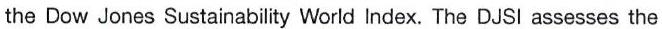
the Dow Jones Sustainability World Index. The DJSI assesses the